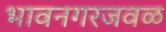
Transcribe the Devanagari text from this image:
भावनगरजवळ